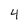
Character: 4